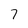
Character: 7